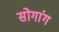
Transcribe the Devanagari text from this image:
सोगांग